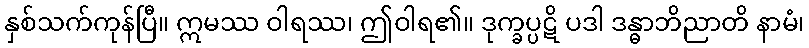
နှစ်သက်ကုန်ပြီ။ ဣမဿ ဝါရဿ၊ ဤဝါရ၏။ ဒုက္ခပ္ပဋိ ပဒါ ဒန္ဓာဘိညာတိ နာမံ၊